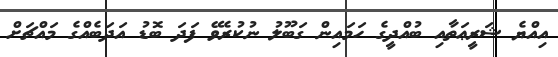
އިއްޔެ ޝަރީޢަތާއި ބުއްދީގެ ހަމައިން ގަބޫލު ނުކުރެވޭ ފަދަ ބޮޑު އަދަބެއްގެ މައްޗަށް